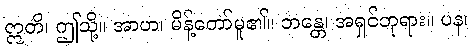
ဣတိ၊ ဤသို့။ အာဟ၊ မိန့်တော်မူ၏။ ဘန္တေ၊ အရှင်ဘုရား။ ပန၊